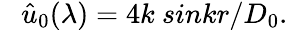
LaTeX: ~~~\hat{u}_{0}(\lambda)=4k~sinkr/D_{0}.